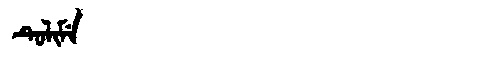
Manchu: ᡨᡠᠯᡳᠮᡝ
Romanization: TULIME